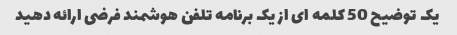
یک توضیح 50 کلمه ای از یک برنامه تلفن هوشمند فرضی ارائه دهید